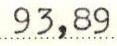
93,89